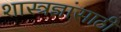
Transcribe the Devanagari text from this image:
शास्त्रज्ञांसाठी